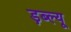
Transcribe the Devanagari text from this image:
ड़ब्ल्यू